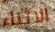
الاثناء